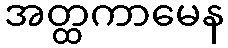
အတ္ထကာမေန